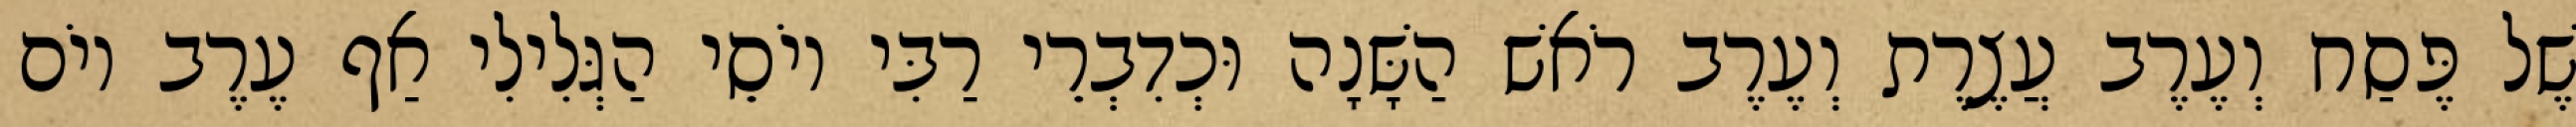
שֶׁל פֶּסַח וְעֶרֶב עֲצֶרֶת וְעֶרֶב רֹאשׁ הַשָּׁנָה וּכְדִבְרֵי רַבִּי יוֹסֵי הַגְּלִילִי אַף עֶרֶב יוֹם